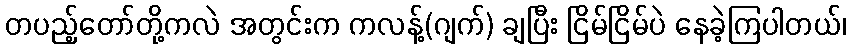
တပည့်တော်တို့ကလဲ အတွင်းက ကလန့်(ဂျက်) ချပြီး ငြိမ်ငြိမ်ပဲ နေခဲ့ကြပါတယ်၊